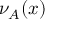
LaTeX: \nu _ { A } ( x )